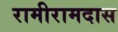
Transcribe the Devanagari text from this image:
रामीरामदास